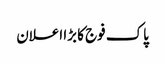
پاک فوج کا بڑا اعلان